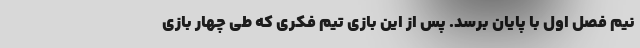
نیم فصل اول با پایان برسد. پس از این بازی تیم فکری که طی چهار بازی